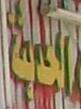
الحدبة